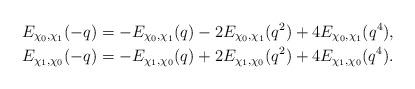
LaTeX: \begin{align*}&E_{\chi_0 , \chi_1} (-q) = - E_{\chi_0 , \chi_1} (q) - 2E_{\chi_0 , \chi_1} (q^2) + 4 E_{\chi_0 , \chi_1} (q^4), \\&E_{\chi_1 , \chi_0} (-q) = - E_{\chi_1 , \chi_0} (q) + 2E_{\chi_1 , \chi_0} (q^2) + 4 E_{\chi_1 , \chi_0} (q^4) .\end{align*}